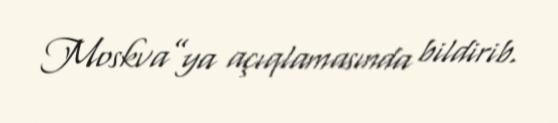
Moskva”ya açıqlamasında bildirib.